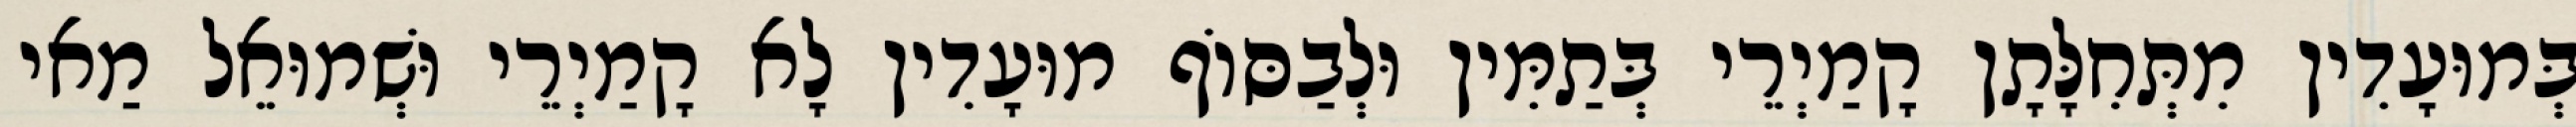
בְּמוּעָדִין מִתְּחִלָּתָן קָמַיְרֵי בְּתַמִּין וּלְבַסּוֹף מוּעָדִין לָא קָמַיְרֵי וּשְׁמוּאֵל מַאי